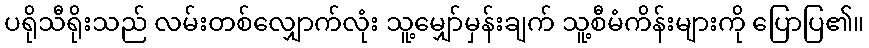
ပရိုသီရိုးသည် လမ်းတစ်လျှောက်လုံး သူ့မျှော်မှန်းချက် သူ့စီမံကိန်းများကို ပြောပြ၏။